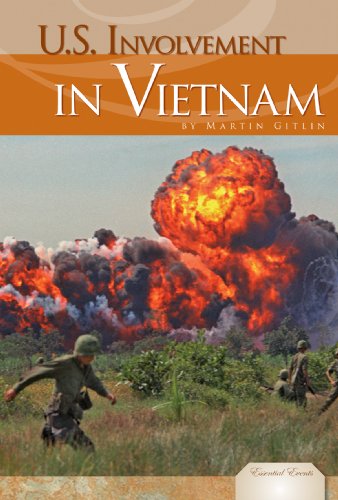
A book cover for U.S. Involvement in Vietnam (Essential Events (ABDO)); Martin Gitlin; Children's Books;